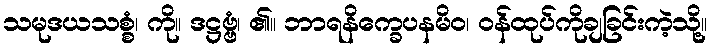
သမုဒယသစ္စံ၊ ကို။ ဒဋ္ဌဗ္ဗံ၊ ၏။ ဘာရနိက္ခေပနမိဝ၊ ဝန်ထုပ်ကိုချခြင်းကဲ့သို့။